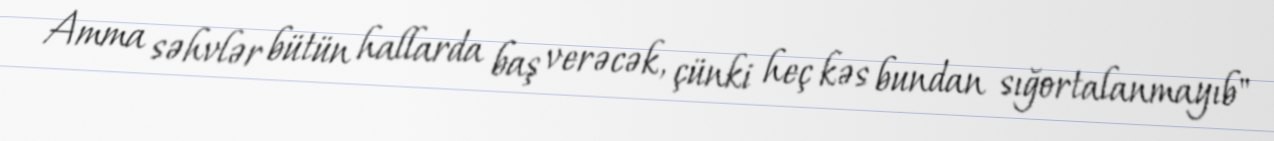
Amma səhvlər bütün hallarda baş verəcək, çünki heç kəs bundan sığortalanmayıb"